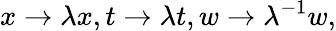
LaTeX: x\to\lambda x,t\to\lambda t,w\to\lambda^{-1}w,